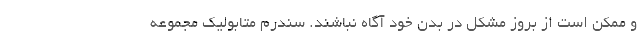
و ممکن است از بروز مشکل در بدن خود آگاه نباشند. سندرم متابولیک مجموعه